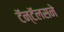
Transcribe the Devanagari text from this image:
टॅन्टॅलसने